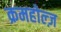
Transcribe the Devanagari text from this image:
क्रमहोल्ज़